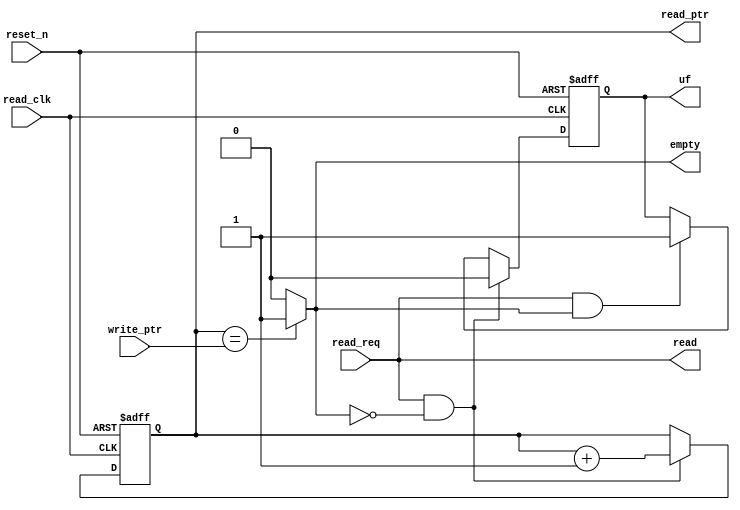
`timescale 1ns / 1ps


module read_control_unit(
    
                             input read_clk,
                             input reset_n,
                             input read_req,
                             input [3:0] write_ptr, 
                             output [3:0] read_ptr,   // control of read ptr 
                             output read,             // and read (to mem)+ empty(out)
                             output empty,
                             output uf
                             );
reg uf_reg;
assign uf = uf_reg;
reg [3:0] read_ptr_reg;    
assign read_ptr = read_ptr_reg; 
assign empty = (read_ptr_reg == write_ptr)? 1'b1:1'b0;   // empty control
assign read = read_req;    

always@(posedge read_clk or negedge reset_n)    // read ptr control
    if (!reset_n)
    begin
        read_ptr_reg <= 4'b0000;
        uf_reg <= 0;
    end
    else if (read_req && (!empty))
    begin
        read_ptr_reg <= read_ptr_reg +1; 
        uf_reg <= 0;
    end
    else if (read_req && empty)
    begin
        uf_reg <= 1;
    end
   
endmodule